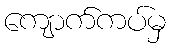
ကျောက်ကပ်မှ